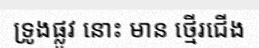
ទ្រូងផ្លូវ នោះ មាន ថ្មើរជើង